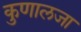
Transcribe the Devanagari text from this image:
कुणालजा